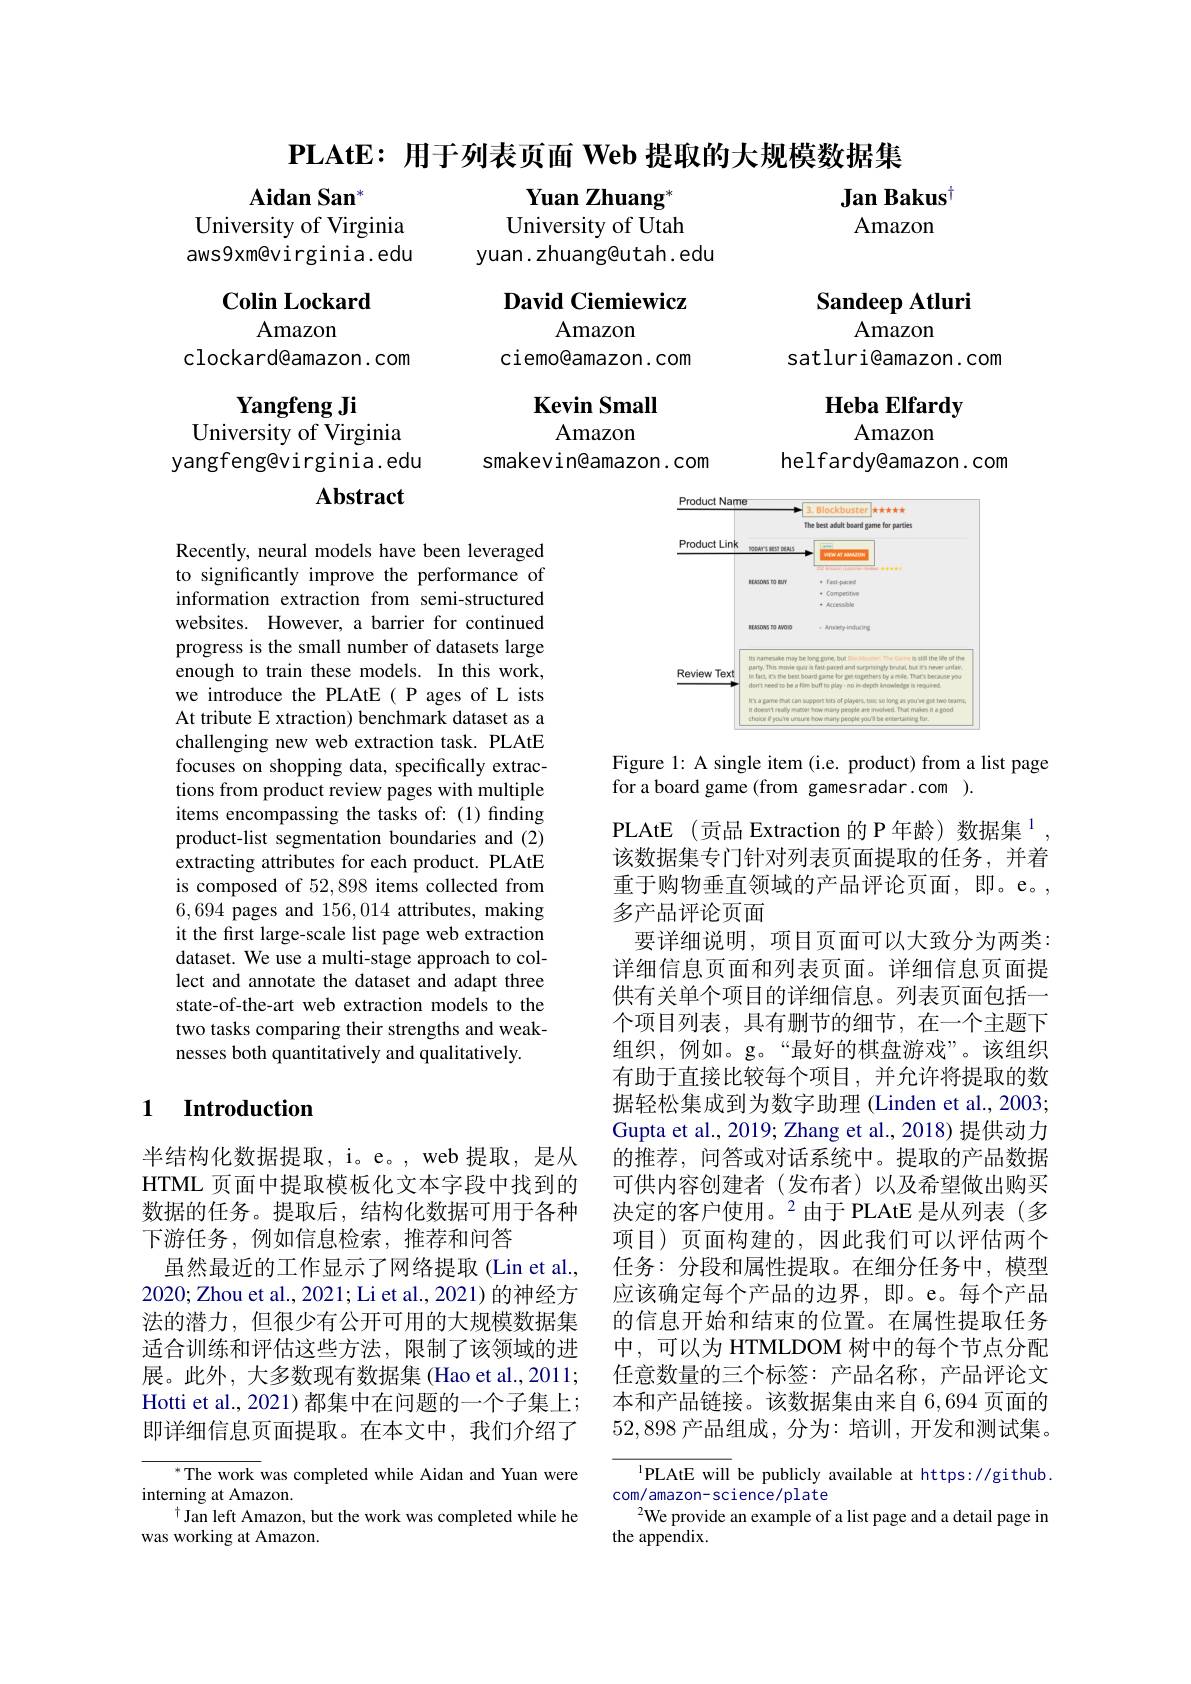
$\mathbf{PLAtE:}$用于列表页面 Web 提取的大规模数据集

Jan Bakus$^{[\mathrm{o}]}$

Yuan Zhuang$^{*}$ University of Utah
yuan. zhuang@utah. edu

$\mathbf{Aidan}\textbf{San}^*$
University of Virginia aws9xm@virginia.edu

Amazon

$\mathbf{Colin}$ Lockard

Sandeep Atluri
Amazon

David Ciemiewicz
Amazon
ciemo@amazon.com

Amazon
clockard@amazon. com

satluri@amazon.com

$\textbf{Kevin Small}$

Heba Elfardy
Amazon
helfardy@amazon.com

Yangfeng Ji
University of Virginia yangfeng@virginia.edu
Abstract

Amazon
smakevin@amazon.com

<FigureHere>

Figure 1: A single item (i.e. product) from a list page
for a board game (from gamesradar.com ).

Recently, neural models have been leveraged to significantly improve the performance of information extraction from semi-structured websites. However, a barrier for continued progress is the small number of datasets large enough to train these models. In this work, we introduce the PLAtE( P ages of L ists At tribute E xtraction) benchmark dataset as a challenging new web extraction task. PLAtE focuses on shopping data, specifically extractions from product review pages with multiple items encompassing the tasks of: (1) finding product-list segmentation boundaries and (2) extracting attributes for each product. PLAtE is composed of 52,898 items collected from 6,694 pages and 156,014 attributes, making it the first large-scale list page web extraction dataset. We use a multi-stage approach to collect and annotate the dataset and adapt three state-of-the-art web extraction models to the two tasks comparing their strengths and weaknesses both quantitatively and qualitatively.

## 1 $\textbf{Introduction}$

PLAtE (贡品 Extraction 的 P 年龄) 数据集$^{1}$, 该数据集专门针对列表页面提取的任务，并着重于购物垂直领域的产品评论页面，即。e。, 多产品评论页面
要详细说明，项目页面可以大致分为两类： 详细信息页面和列表页面。详细信息页面提供有关单个项目的详细信息。列表页面包括一个项目列表，具有删节的细节，在一个主题下组织，例如。g。“最好的棋盘游戏”。该组织有助于直接比较每个项目，并允许将提取的数据轻松集成到为数字助理 (Linden et al., 2003; Gupta et al., 2019; Zhang et al., 2018) 提供动力的推荐，问答或对话系统中。提取的产品数据可供内容创建者(发布者)以及希望做出购买决定的客户使用。$^2$由于 PLAtE 是从列表(多项目)页面构建的，因此我们可以评估两个任务：分段和属性提取。在细分任务中，模型应该确定每个产品的边界，即。e。每个产品的信息开始和结束的位置。在属性提取任务中，可以为 HTMLDOM 树中的每个节点分配任意数量的三个标签：产品名称，产品评论文本和产品链接。该数据集由来自 6,694 页面的52,898产品组成，分为：培训，开发和测试集。

半结构化数据提取，i。e。,web 提取，是从HTML 页面中提取模板化文本字段中找到的数据的任务。提取后，结构化数据可用于各种下游任务，例如信息检索，推荐和问答
虽然最近的工作显示了网络提取(Lin et al., 2020; Zhou et al., 2021; Li et al., 2021) 的神经方法的潜力，但很少有公开可用的大规模数据集适合训练和评估这些方法，限制了该领域的进展。此外，大多数现有数据集 (Hao et al.,2011; Hotti et al., 2021) 都集中在问题的一个子集上； 即详细信息页面提取。在本文中，我们介绍了

$^*$The work was completed while Aidan and Yuan were
interning at Amazon.
$^{\dagger}$Jan left Amazon, but the work was completed while he
was working at Amazon.

$^{1}$PLAtE will be publicly available at https://github.
com/amazon-science/plate
$^{2}$We provide an example of a list page and a detail page in
the appendix.